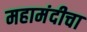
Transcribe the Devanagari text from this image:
महामंदीचा